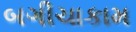
બગીચાકામ